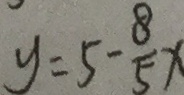
y = 5 - \frac { 8 } { 5 } x